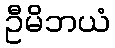
ဦမိဘယံ